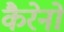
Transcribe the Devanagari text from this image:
कैरेनो